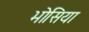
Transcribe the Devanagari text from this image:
भोसिया